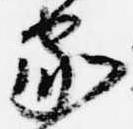
家